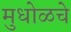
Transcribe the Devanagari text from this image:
मुधोळचे